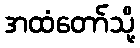
အထံတော်သို့